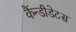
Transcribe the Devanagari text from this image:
कैंन्डीडेटस